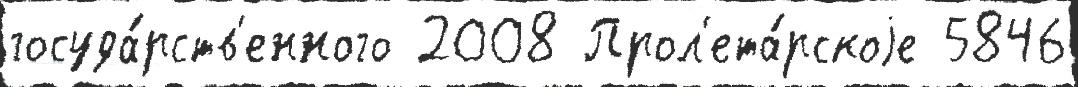
госуда́рств'енного 2008 Прол'ета́рскоjе 5846